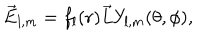
LaTeX: \overrightarrow { E } _ { l , m } = f _ { l } ( r ) \overrightarrow { L } Y _ { l , m } ( \theta , \phi ) ,